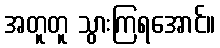
အတူတူ သွားကြရအောင်။